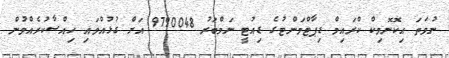
ނުވަތަ އިކޮނޮމިކް ކްރައިމް ޑިޕާޓްމަންޓުގެ ޑިއުޓީ ނަމްބަރު 9790048 އަށް ގުޅުއްވައި ހިއްސާކުރެއްވުން